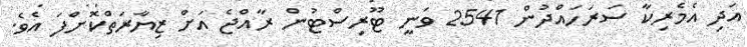
އަދި އެމެރިކާ ސަރަހައްދުން 2541 ވަނީ ޓޫރިސްޓުން ރާއްޖެ އަށް ޒިޔާރަތްކޮށްފަ އެވެ.